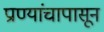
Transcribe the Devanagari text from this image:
प्राण्यांचापासून